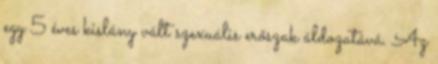
egy 5 éves kislány vált szexuális erőszak áldozatává. Az